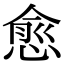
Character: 愈